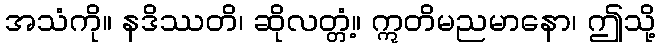
အသံကို။ နဒိဿတိ၊ ဆိုလတ္တံ့။ ဣတိမညမာနော၊ ဤသို့